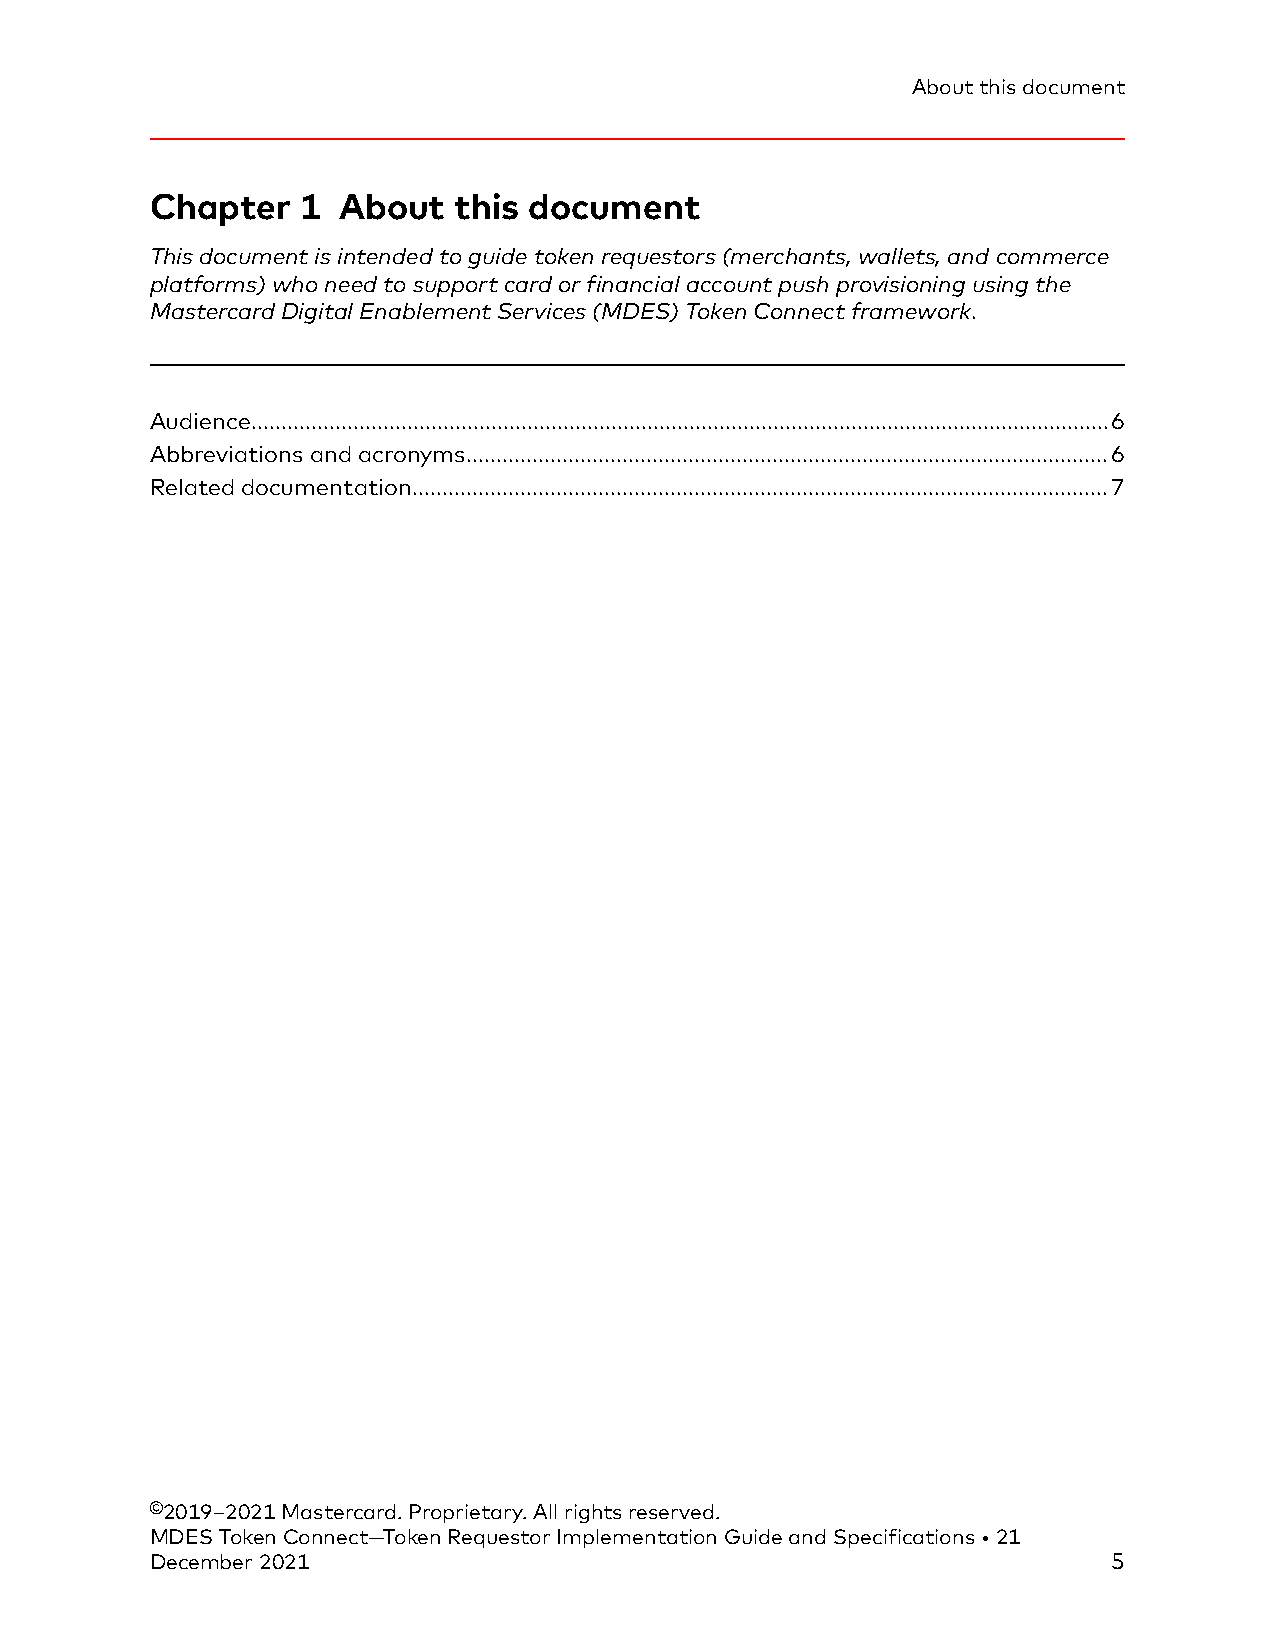
About this document
 Chapter   1 About   this document
 This document is intended to guide token requestors (merchants, wallets, and commerce
 platforms) who need to support card or financial account push provisioning using the
 Mastercard Digital Enablement Services (MDES) Token Connect framework.
 Audience...............................................................................................................................................6
 Abbreviations and acronyms...........................................................................................................6
 Related documentation....................................................................................................................7
 ©2019–2021 Mastercard. Proprietary. All rights reserved.
 MDES Token Connect—Token Requestor Implementation Guide and Specifications • 21
 December 2021                                                   5